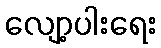
လျော့ပါးရေး